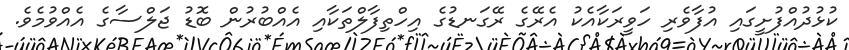
ކުޅުދުއްފުށީގައި އުފާވެރި ހަވީރަކާއެކު އެރޭގެ ރޭގަނޑުގެ އިހްތިފާލްތަކާއި އެއްބުރުން ބޮޑު ޖަލްސާގެ އެއްވުމެވެ.